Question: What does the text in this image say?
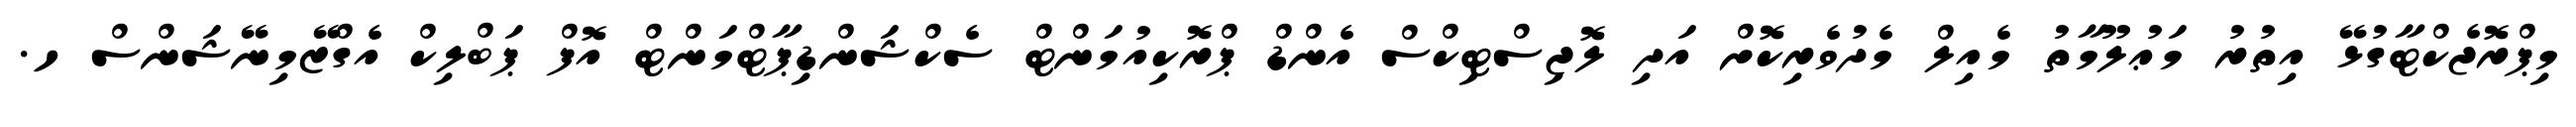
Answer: މިޕްރޮޖެކްޓާގުޅޭ އިތުރު މަޢުލޫމާތު މެއިލް މެދުވެރިކޮށް އަދި ލޮޖިސްޓިކްސް އެންޑް ޕްރޮކިއުމަންޓް ސެކްޝަންޑިޕާޓްމަންޓް އޮފް ޕަބްލިކް އެގްޒޭމިނޭޝަންސް ހ.